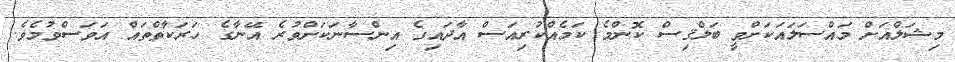
މިޝަލްއަށް މައްސަލައަކަށްވީ ބަލްޤިސް ކޮންމެ ކަމެއްކުރިއަސް އާދައިގެ އިންސާނަކަށްވުރެ އޭނާގެ ހަރަކާތްތައް އަވަސްވުމެވެ.